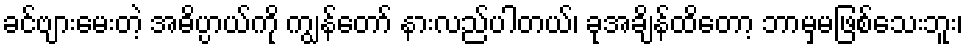
ခင်ဗျားမေးတဲ့ အဓိပ္ပာယ်ကို ကျွန်တော် နားလည်ပါတယ်၊ ခုအချိန်ထိတော့ ဘာမှမဖြစ်သေးဘူး၊